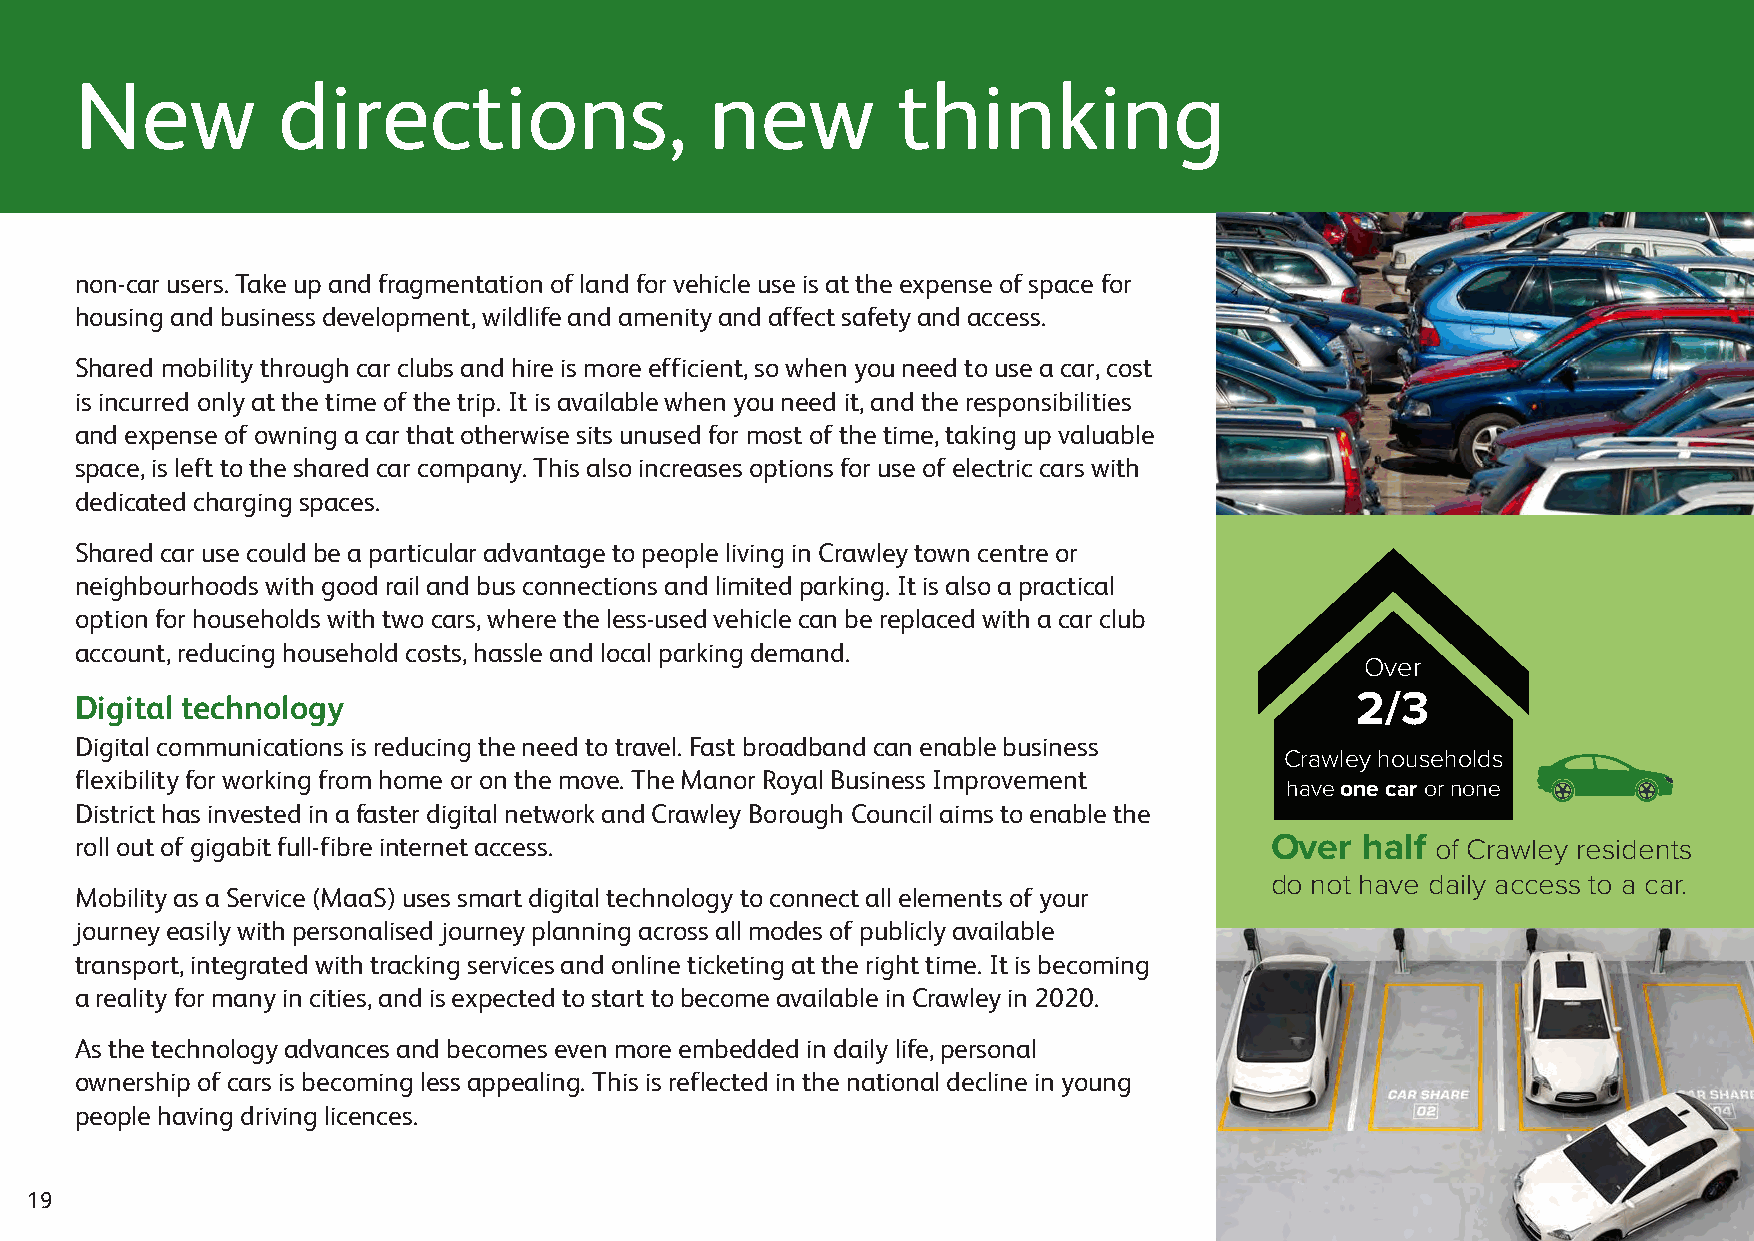
New          directions,                  new         thinking
 non-car users. Take up and fragmentation of land for vehicle use is at the expense of space for
 housing and business development, wildlife and amenity and affect safety and access.
 Shared mobility through car clubs and hire is more efficient, so when you need to use a car, cost
 is incurred only at the time of the trip. It is available when you need it, and the responsibilities
 and expense of owning a car that otherwise sits unused for most of the time, taking up valuable
 space, is left to the shared car company. This also increases options for use of electric cars with
 dedicated charging spaces.
 Shared car use could be a particular advantage to people living in Crawley town centre or
 neighbourhoods with good rail and bus connections and limited parking. It is also a practical
 option for households with two cars, where the less-used vehicle can be replaced with a car club
 account, reducing household costs, hassle and local parking demand.
 Over
 Digital technology                                                                   2/3
 Digital communications is reducing the need to travel. Fast broadband can enable business
 Crawley households
 flexibility for working from home or on the move. The Manor Royal Business Improvement
 have one car or none
 District has invested in a faster digital network and Crawley Borough Council aims to enable the
 roll out of gigabit full-fibre internet access.                                Over  half of Crawley residents
 do not have daily access to a car.
 Mobility as a Service (MaaS) uses smart digital technology to connect all elements of your
 journey easily with personalised journey planning across all modes of publicly available
 transport, integrated with tracking services and online ticketing at the right time. It is becoming
 a reality for many in cities, and is expected to start to become available in Crawley in 2020.
 As the technology advances and becomes even more embedded in daily life, personal
 ownership of cars is becoming less appealing. This is reflected in the national decline in young
 people having driving licences.
 19